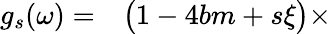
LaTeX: \begin{array}{rl}{g_{s}(\omega)=}&{{}\big(1-4bm+s\xi\big)\times}\end{array}